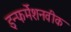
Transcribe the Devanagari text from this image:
इन्फर्मेशनवीक